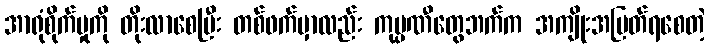
အာရုံစိုက်မှုကို တိုးလာစေပြီး တစ်ဖက်မှာလည်း ကုမ္ပဏီတွေဘက်က အကျိုးအမြတ်ရစေတဲ့